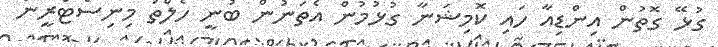
ގުޅޭ ގޮތުން އިންޑިއާ ހައި ކޮމިޝަނާ ގުޅުމުން އެތަނުން ބުނީ ހެލްތު މިނިސްޓްރީން